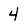
Character: 4